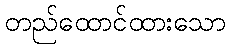
တည်ထောင်ထားသော